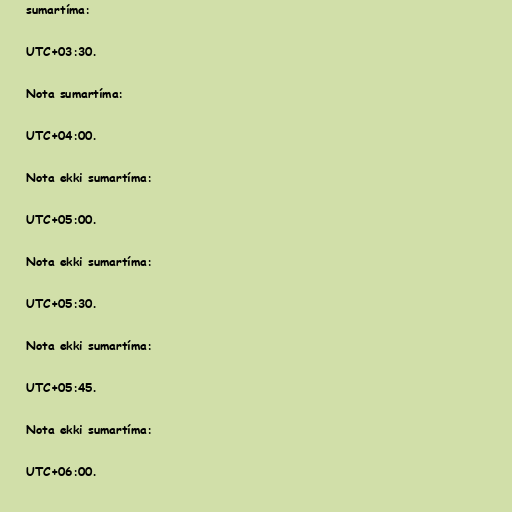
sumartíma:

UTC+03:30.

Nota sumartíma:

UTC+04:00.

Nota ekki sumartíma:

UTC+05:00.

Nota ekki sumartíma:

UTC+05:30.

Nota ekki sumartíma:

UTC+05:45.

Nota ekki sumartíma:

UTC+06:00.